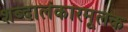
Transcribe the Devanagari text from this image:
शब्दालंकारमूलक